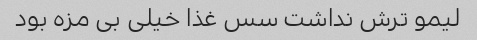
لیمو ترش نداشت سس غذا خیلی بی مزه بود